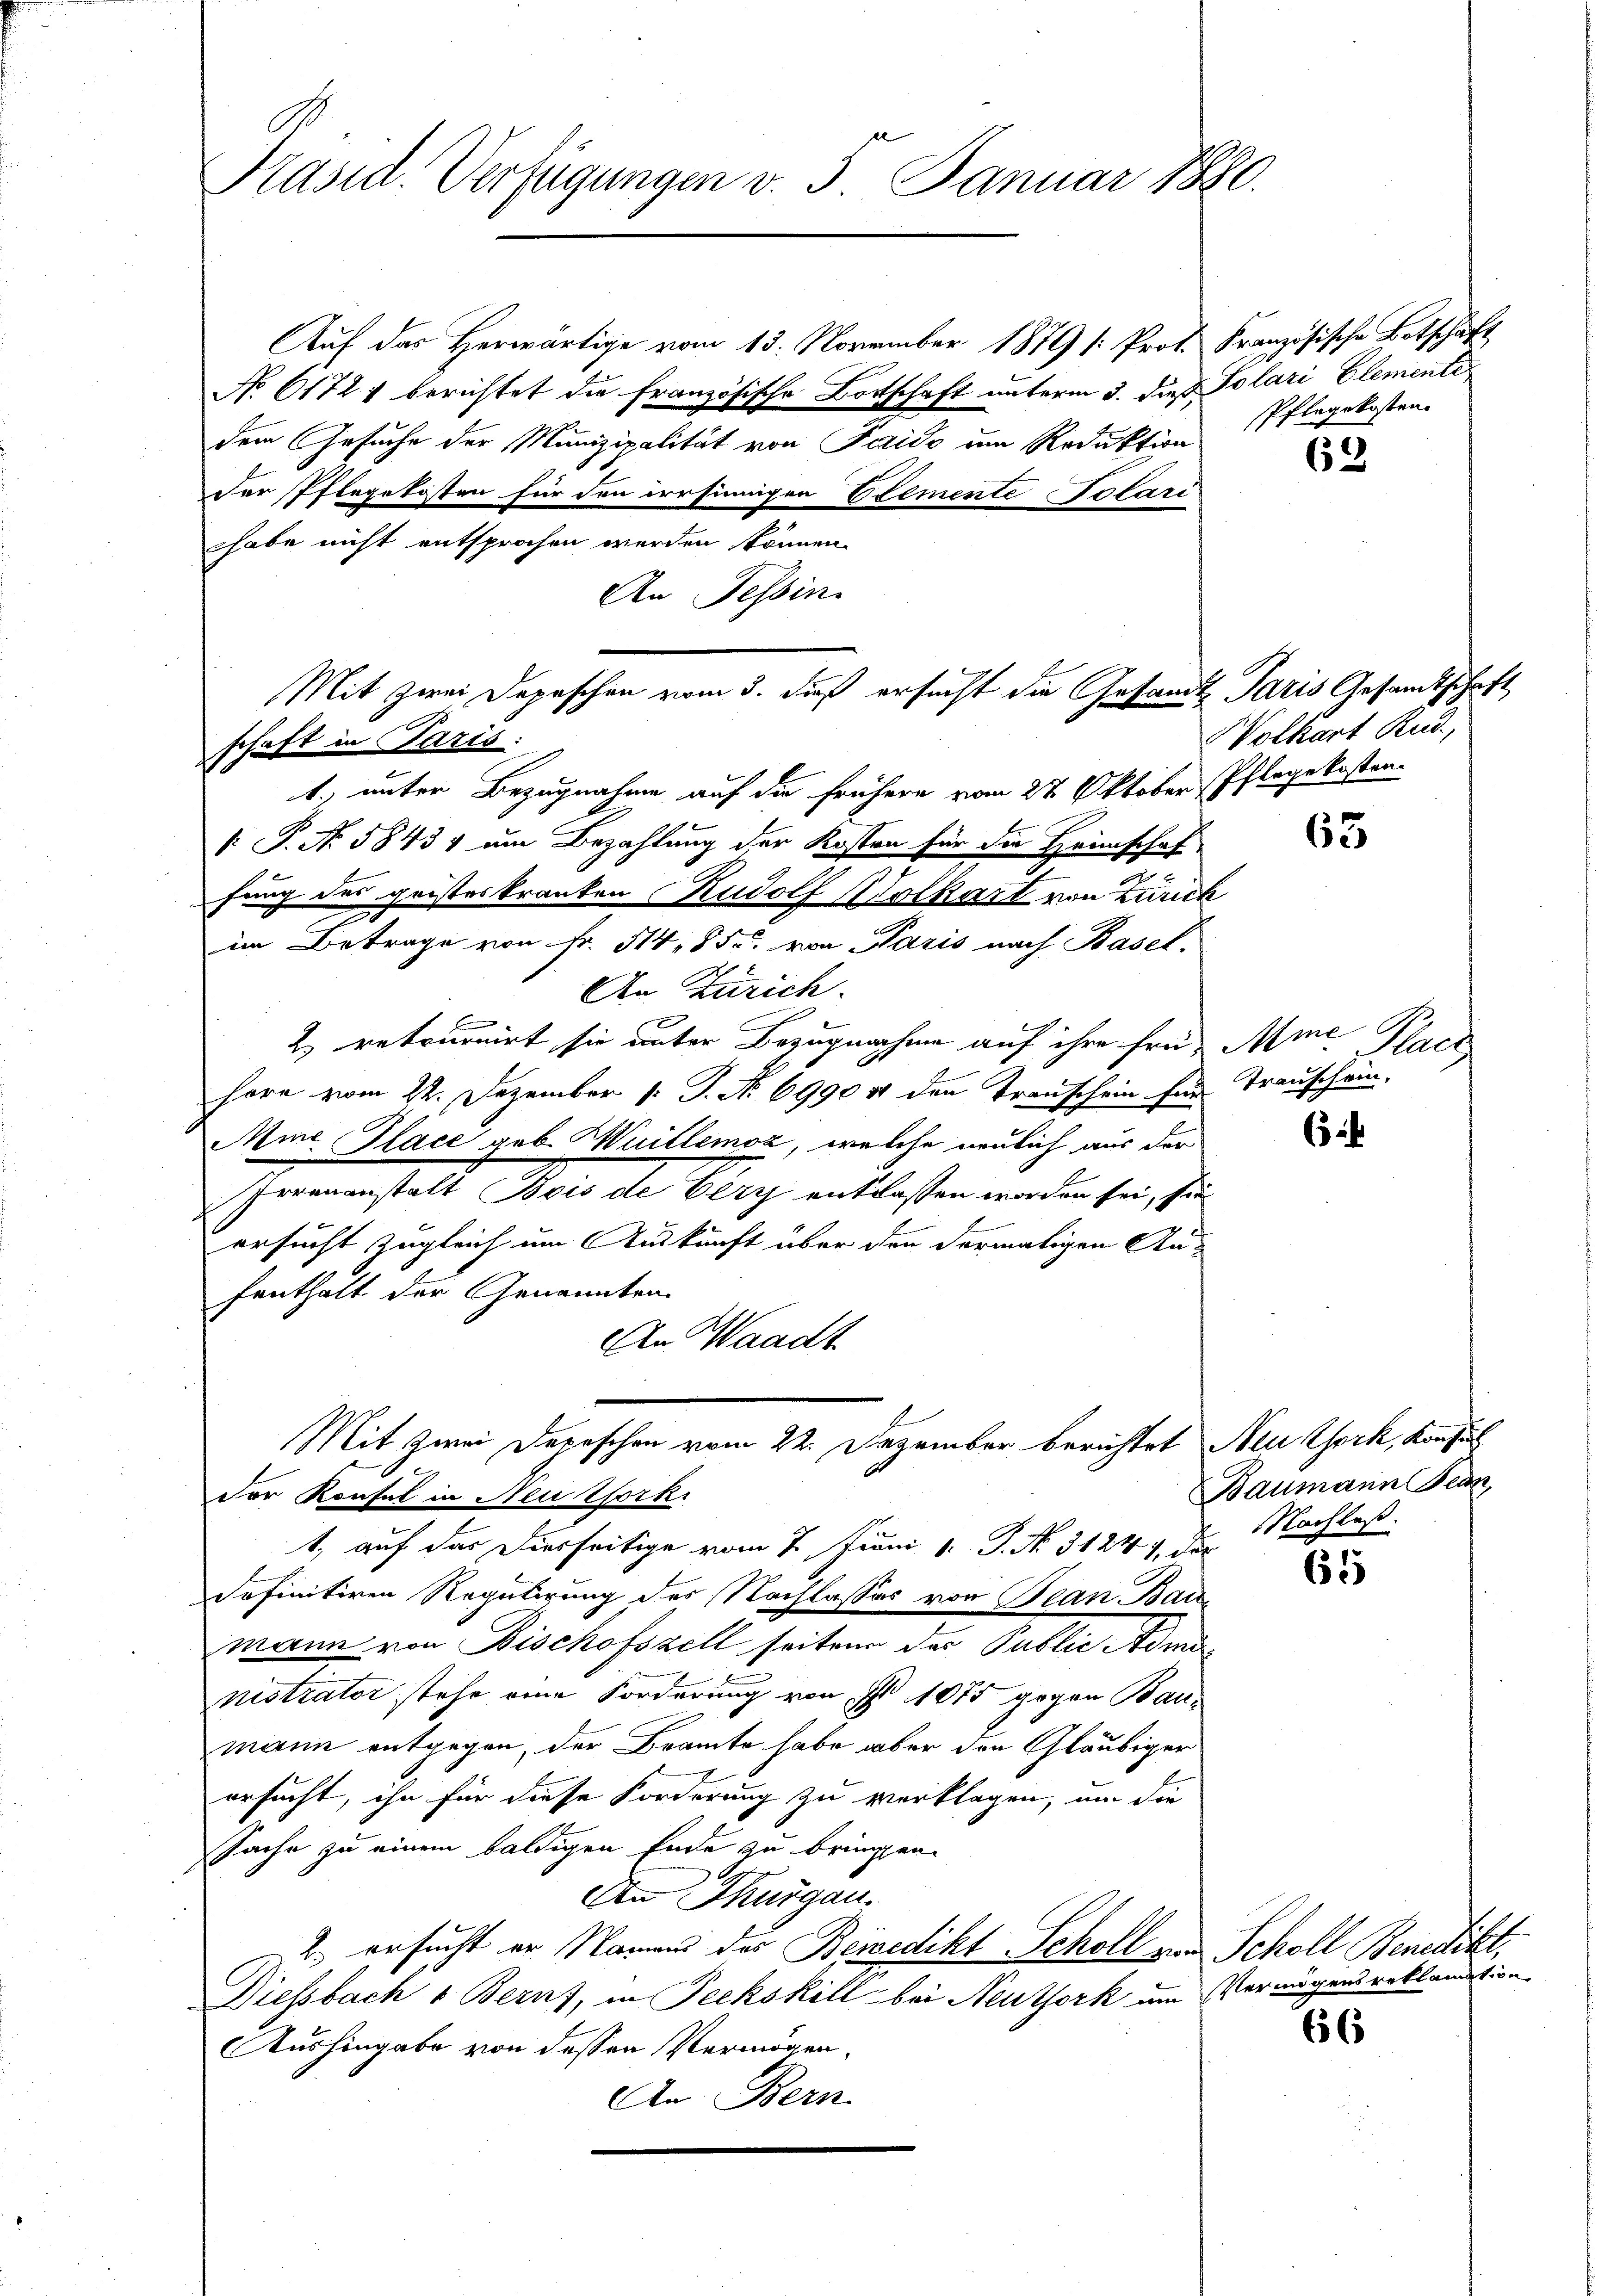
Präsid. Verfügungen v. 5. Januar 1880.

schaft in Paris:

Auf das Herwärtige vom 13. November 1879 (: Prof. Französische Botschäft,
No 61721 berichtet die Französische Bottschaft unterm 3. dieß Polari Elemente
dem Gesuche der Munizipalität von Pariso im Reduktion
Der Pflegekosten für den irrsinnigen Elemente Polari
habe nicht entsprochen werden können.
An Tessin.
1.), unter Bezugnahme auf die frühere vom 27 Oktober Pflegekosten
 P. Nr. 5843, um Bezahlung der Kosten für die Heimschaf
fung des geisteskranken Rudolf Wolkart von Zürich
e
e
im Betrage von Fr. 314, 85 u. von Paris nach Basel.
An Zürich.
2) retournirt sie unter Bezugnahme auf ihre früh Amehöre vom 22. Dezember 1. J. No 69904 den Transchein für Trauschein,
Mine Glace geb. Huillemoz, welche neulich aus der
Irrenanstalt Bois de Berg entlassen worden sei, sie
ersucht zugleich um Auskunft über den dormaligen An-
fenthalt der Genannten
An Waadt
Mit zwei Depeschen vom 22. Dezember berichtet Neu York, Konsul
Der Konfel in Neuthork
t, auf das Diesseitige vom 7. Juni 1. P. No. 31247, die
dofinitiven Regulirung der Nachlasses von Bean Baumann von Bischofszell seiten des Public Administrator stehe eine Forderung von I 1075 gegen Baumann entgegen, der Beamte habe aber den Gläubiger
ersucht, ihn für diese Forderung zu verklagen, um die
Sache zu einem baldigen Ende zu bringen.
Den Thurgau.
2.) ersucht er Namens des Beinedikt Scholl von Scholl Benedikt,
Diessbach v. Berns, in Teckskill bei Neuthork um Vermögens reklandition
Aushingabe von dessen Vermögen.
An Bern

Mit zwei Depeschen vom 3. daß ersucht die Gesandt Paris Gesandtschaft

Pflegekosten.

63

Volkart Rud.

65

Reg

61

66

Baumann Bean
Nachlaß.